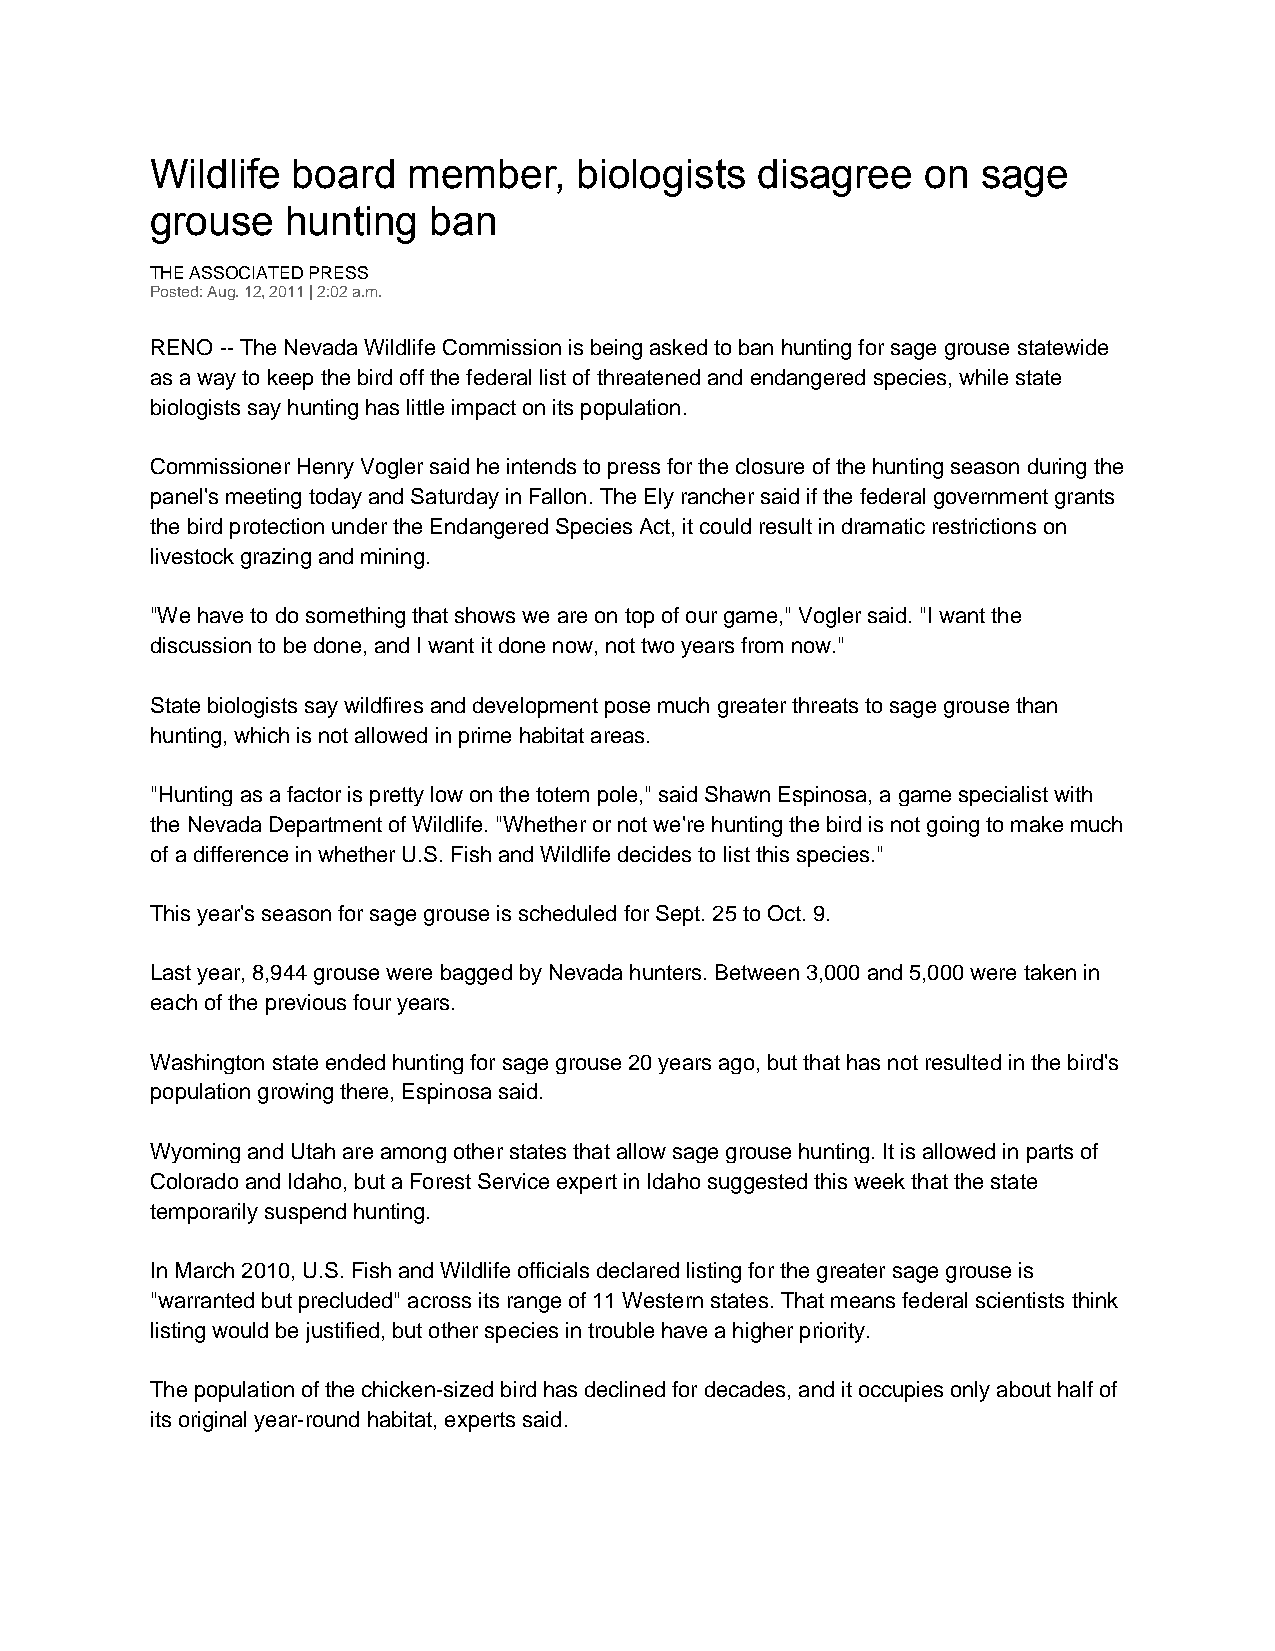
Wildlife board   member,    biologists  disagree   on  sage
 grouse   hunting  ban
 THE ASSOCIATED PRESS
 Posted: Aug. 12, 2011 | 2:02 a.m.
 RENO -- The Nevada Wildlife Commission is being asked to ban hunting for sage grouse statewide
 as a way to keep the bird off the federal list of threatened and endangered species, while state
 biologists say hunting has little impact on its population.
 Commissioner Henry Vogler said he intends to press for the closure of the hunting season during the
 panel's meeting today and Saturday in Fallon. The Ely rancher said if the federal government grants
 the bird protection under the Endangered Species Act, it could result in dramatic restrictions on
 livestock grazing and mining.
 "We have to do something that shows we are on top of our game," Vogler said. "I want the
 discussion to be done, and I want it done now, not two years from now."
 State biologists say wildfires and development pose much greater threats to sage grouse than
 hunting, which is not allowed in prime habitat areas.
 "Hunting as a factor is pretty low on the totem pole," said Shawn Espinosa, a game specialist with
 the Nevada Department of Wildlife. "Whether or not we're hunting the bird is not going to make much
 of a difference in whether U.S. Fish and Wildlife decides to list this species."
 This year's season for sage grouse is scheduled for Sept. 25 to Oct. 9.
 Last year, 8,944 grouse were bagged by Nevada hunters. Between 3,000 and 5,000 were taken in
 each of the previous four years.
 Washington state ended hunting for sage grouse 20 years ago, but that has not resulted in the bird's
 population growing there, Espinosa said.
 Wyoming and Utah are among other states that allow sage grouse hunting. It is allowed in parts of
 Colorado and Idaho, but a Forest Service expert in Idaho suggested this week that the state
 temporarily suspend hunting.
 In March 2010, U.S. Fish and Wildlife officials declared listing for the greater sage grouse is
 "warranted but precluded" across its range of 11 Western states. That means federal scientists think
 listing would be justified, but other species in trouble have a higher priority.
 The population of the chicken-sized bird has declined for decades, and it occupies only about half of
 its original year-round habitat, experts said.